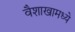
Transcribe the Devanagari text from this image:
वैशाखामध्ये